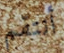
أنتقم